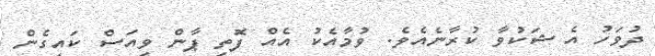
ދުވަހު އެ ޝަކުވާ ކުރާނެއެވެ. ވުމާއެކު އެއް ފޮތި ޕާން ވިއަސް ކައިގެން